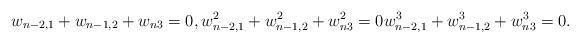
LaTeX: \begin{align*}w_{n-2,1}+w_{n-1,2}+w_{n3}=0,w_{n-2,1}^2+w_{n-1,2}^2+w_{n3}^2=0w_{n-2,1}^3+w_{n-1,2}^3+w_{n3}^3=0.\end{align*}